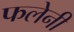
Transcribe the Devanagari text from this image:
फलेनी